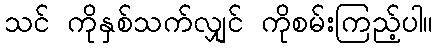
သင် ကိုနှစ်သက်လျှင် ကိုစမ်းကြည့်ပါ။